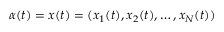
\alpha ( t ) = x ( t ) = ( x _ { 1 } ( t ) , x _ { 2 } ( t ) , \ldots , x _ { N } ( t ) )